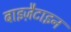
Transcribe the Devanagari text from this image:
बाइज़ैटाइन